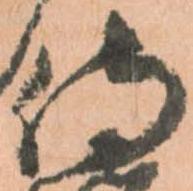
侍